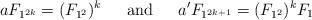
LaTeX: \begin{align*}a F_{1^{2k}} = (F_{1^2})^k \hskip .2in\hbox{ and }\hskip .2in a' F_{1^{2k+1}} = (F_{1^2})^k F_1\end{align*}